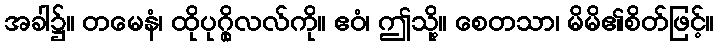
အခါ၌။ တမေနံ၊ ထိုပုဂ္ဂိုလလ်ကို။ ဧဝံ၊ ဤသို့။ စေတသာ၊ မိမိ၏စိတ်ဖြင့်။